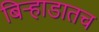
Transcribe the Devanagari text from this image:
बिऱ्हाडातच